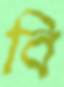
বি